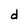
Character: d